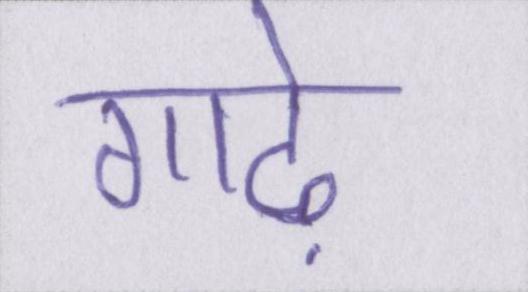
गाढ़े